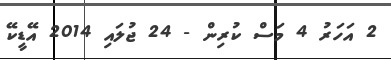
2 އަހަރު 4 މަސް ކުރިން - 24 ޖުލައި 2014 އޭޑީކޭ